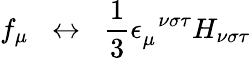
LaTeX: f_{\mu}\; \; \leftrightarrow\; \; \frac{1}{3}\epsilon_{\mu}^{\; \; \nu\sigma\tau}H_{\nu\sigma\tau}